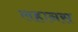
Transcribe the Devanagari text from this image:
लहानस